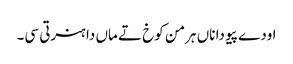
اودے پیو دا ناں ہرمن کوخ تے ماں دا ہنرتی سی۔